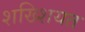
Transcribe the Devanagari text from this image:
शख्शियत